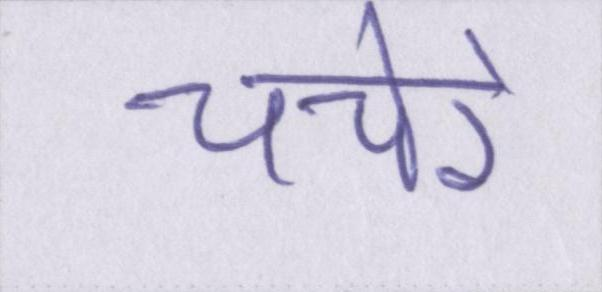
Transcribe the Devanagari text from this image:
चचेरे